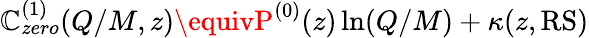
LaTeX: \mathbb{C}_{zero}^{(1)}(Q/M,z)\equivP^{(0)}(z)\ln(Q/M)+\kappa(z,\mathrm{{RS}})